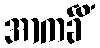
အာကင်္ခိံ